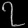
Digit: ၇